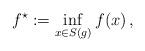
LaTeX: \begin{align*} f^\star:=\inf\limits_{x\in S(g)} f(x)\,,\end{align*}